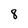
Character: 8